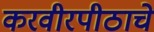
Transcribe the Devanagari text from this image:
करवीरपीठाचे